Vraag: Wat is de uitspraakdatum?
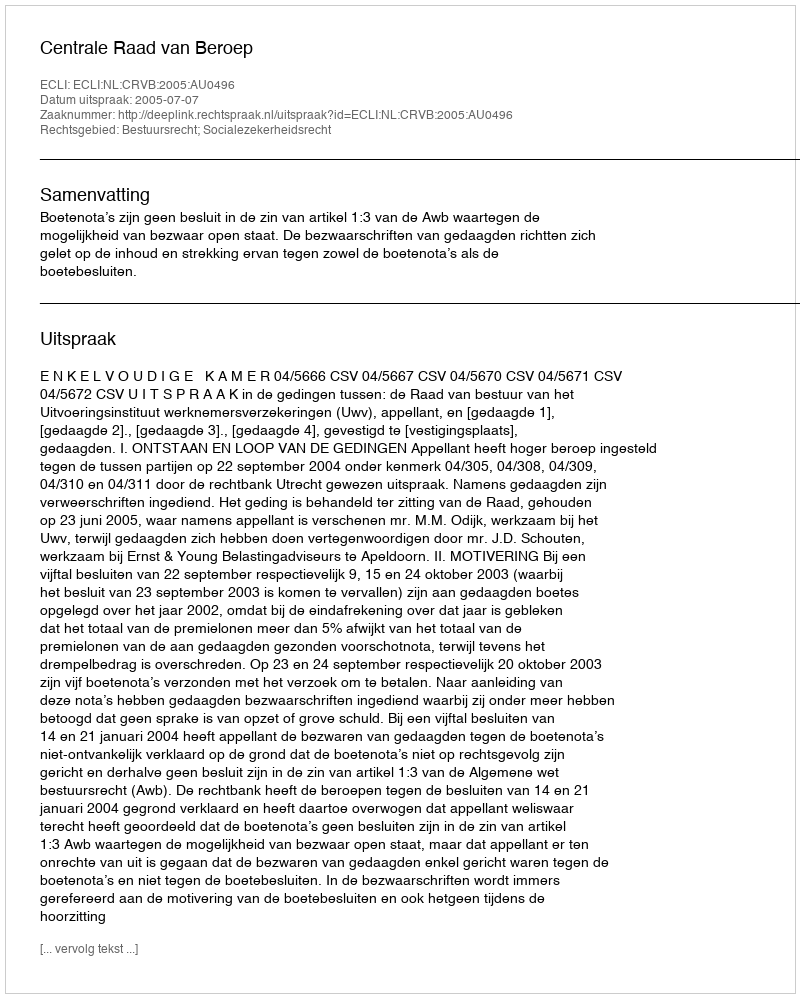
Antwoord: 2005-07-07